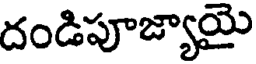
దండిపూజ్యాయై